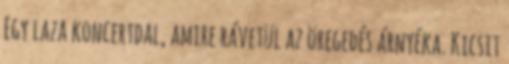
Egy laza koncertdal, amire rávetül az öregedés árnyéka. Kicsit